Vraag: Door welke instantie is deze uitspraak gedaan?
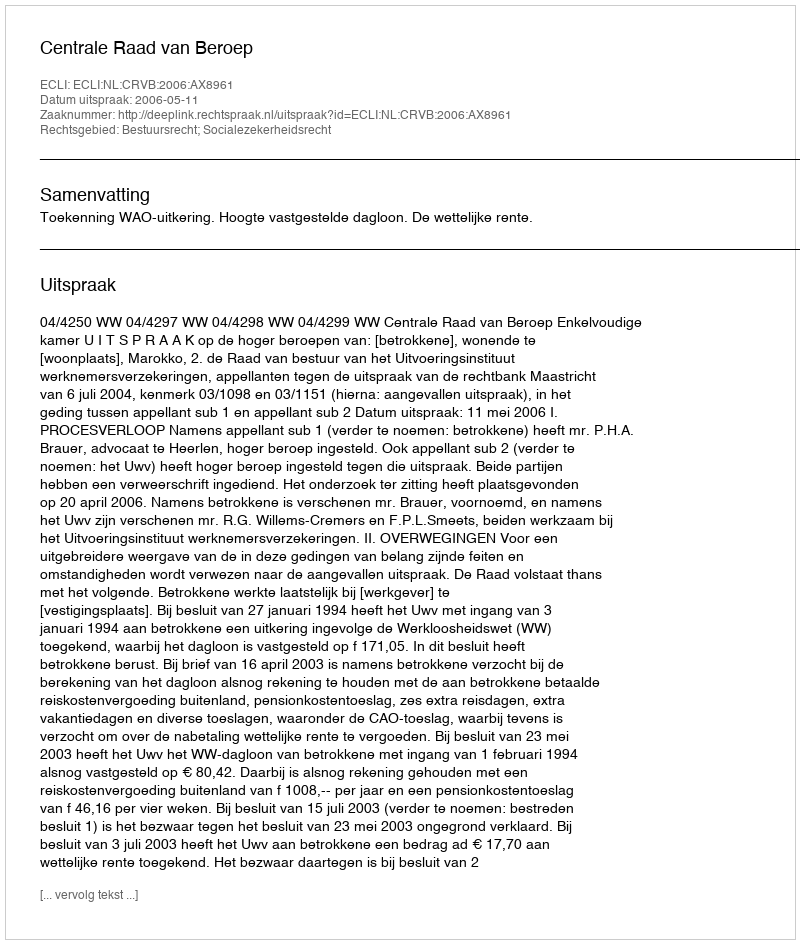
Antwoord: Centrale Raad van Beroep